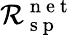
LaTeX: \mathcal{R}_{\mathrm{{~s~p~}}}^{\mathrm{{~n~e~t~}}}